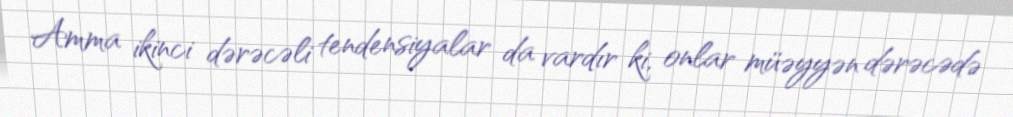
Amma ikinci dərəcəli tendensiyalar da vardır ki, onlar müəyyən dərəcədə